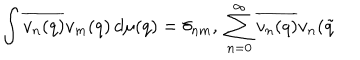
\int \overline { { { v _ { n } ( q ) } } } v _ { m } ( q ) \, d \mu ( q ) = \delta _ { n m } , \; \sum _ { n = 0 } ^ { \infty } \overline { { { v _ { n } ( q ) } } } v _ { n } ( \tilde { q }